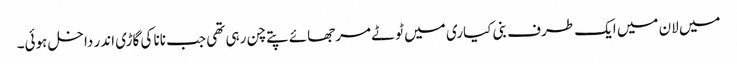
میں لان میں ایک طرف بنی کیاری میں ٹوٹے مرجھائے پتے چن رہی تھی جب نانا کی گاڑی اندر داخل ہوئی۔